Leningradi_Edasi_toimetus, lk 97
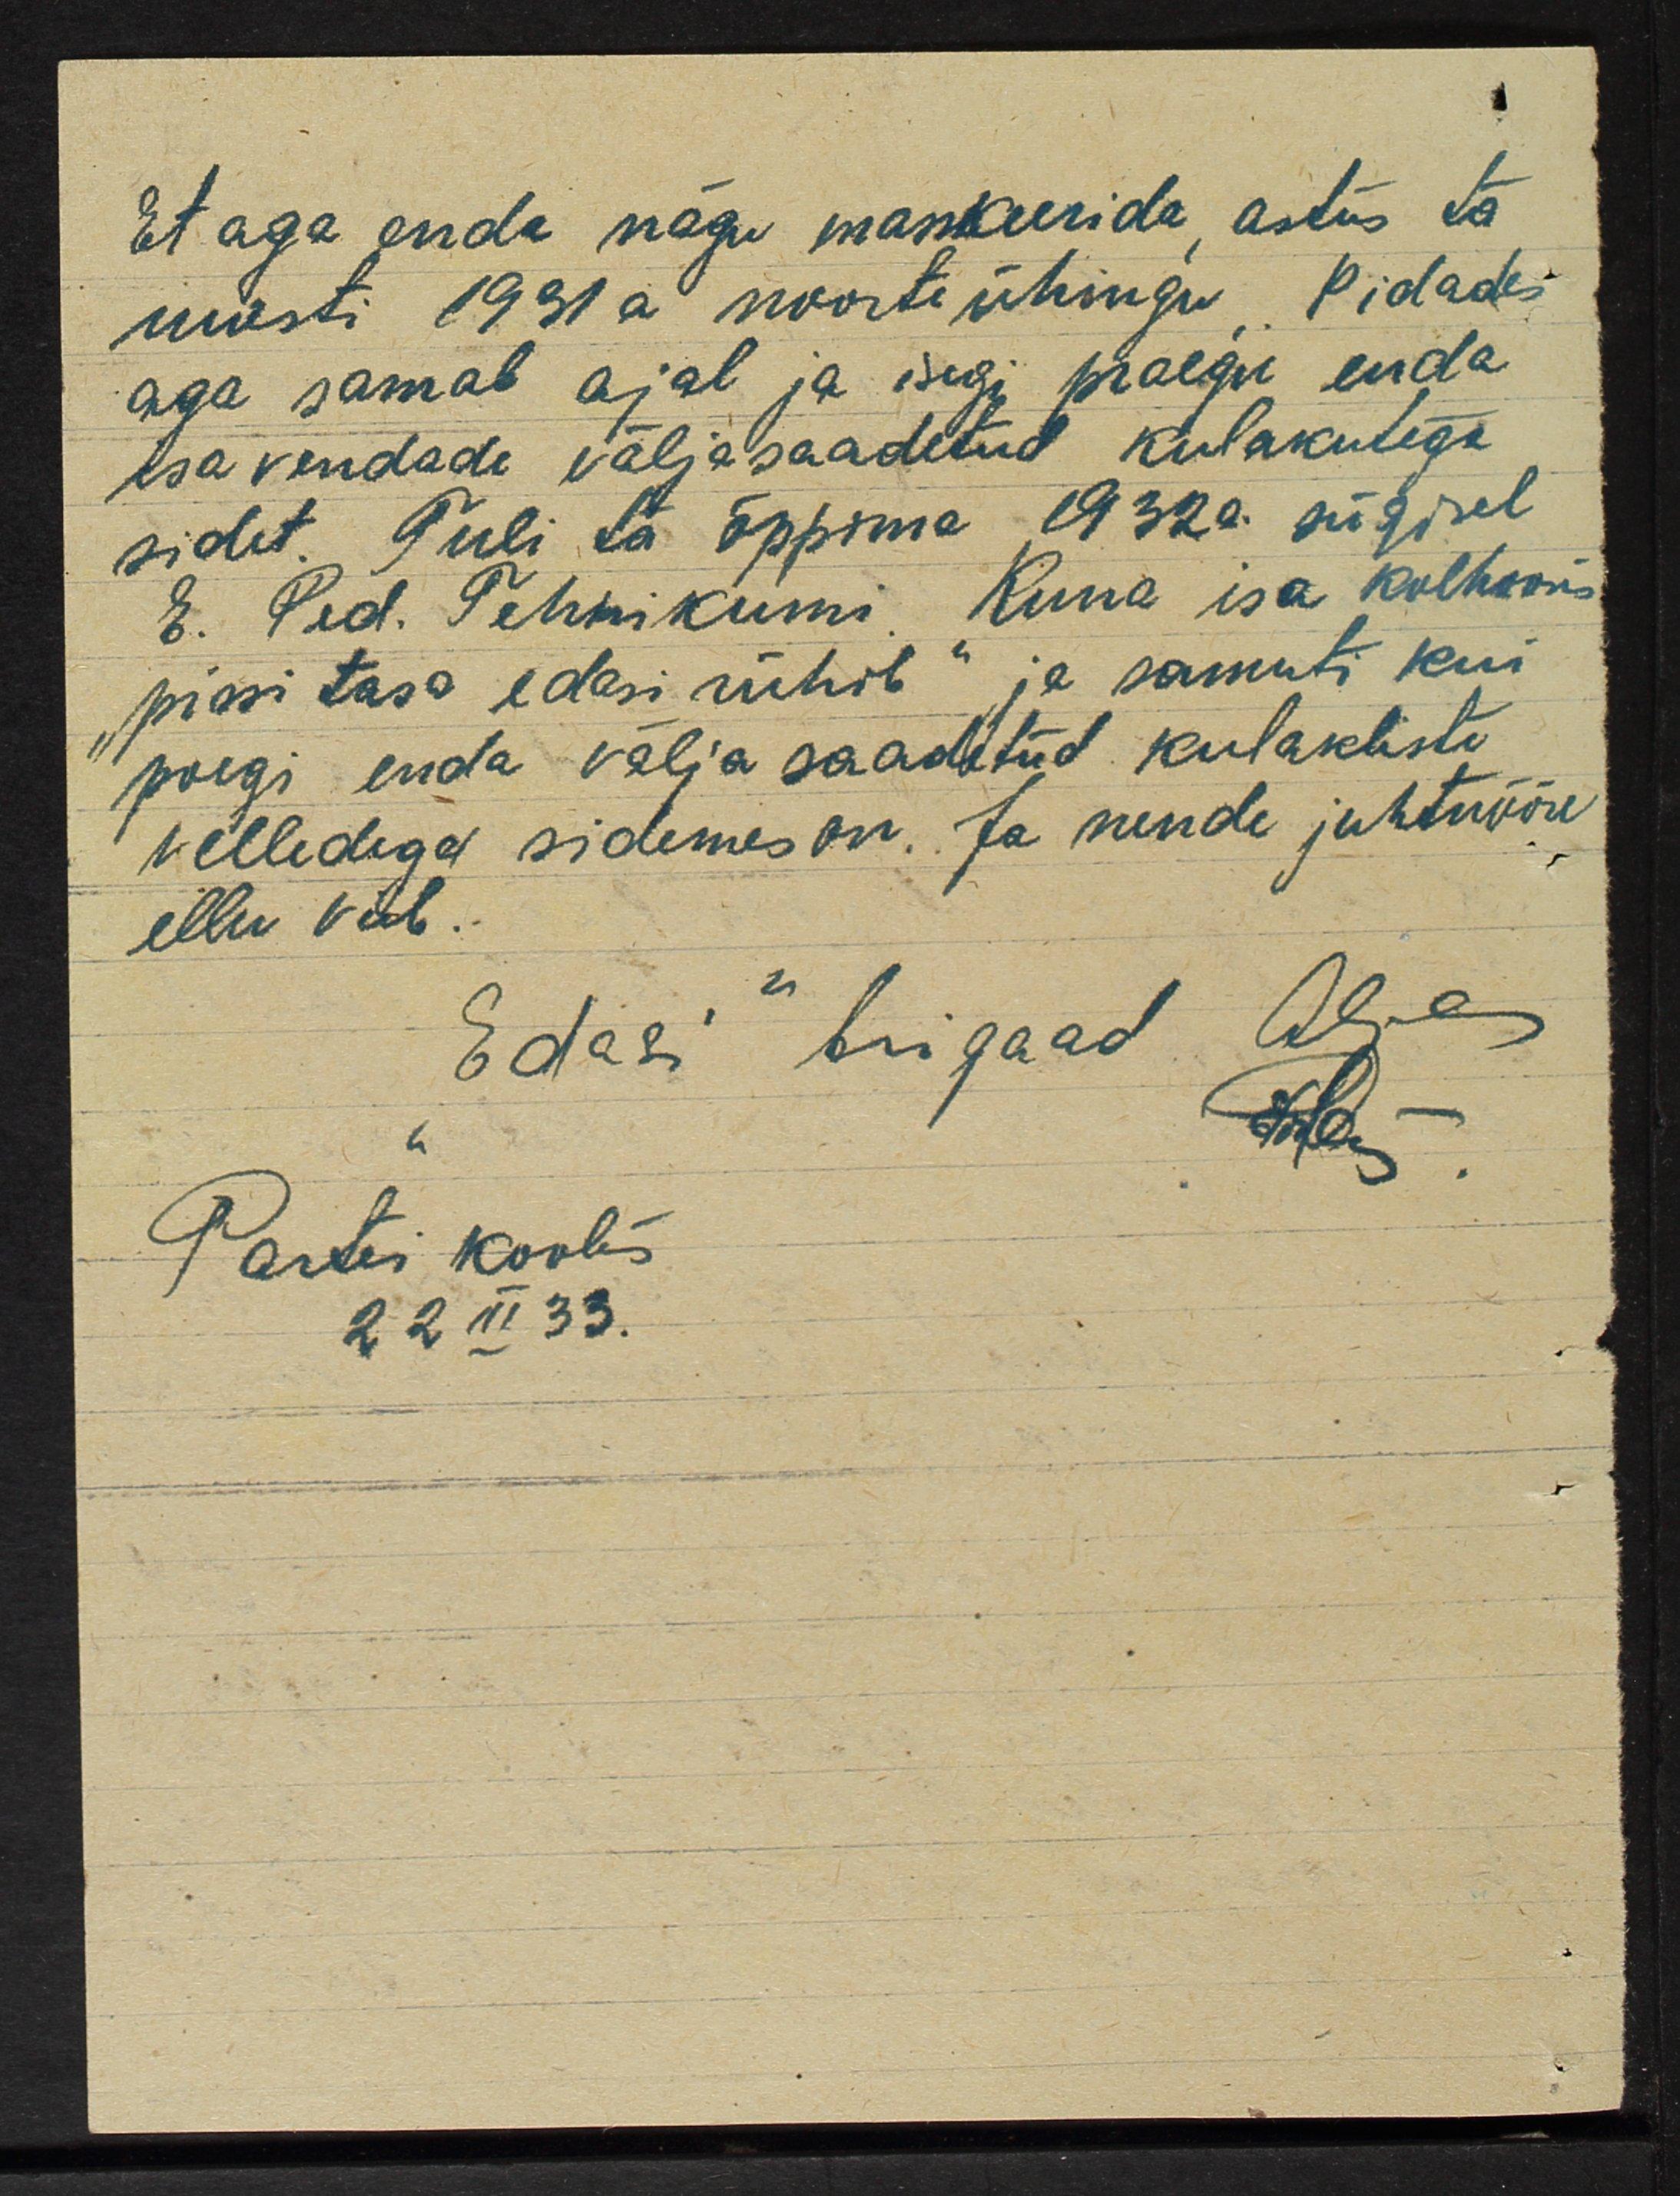
Et aga enda nägu maskeerida, astus ta
uuesti 1931 a noorteühingu. Pidades
aga samal ajal ja isegi praegu enda
isavendade välja saadetud kulakutega
sidet. Tuli ta õppima 1932 a. sügisel
E. Ped. Tehnikumi. Kuna isa kolhoosis
"pissi tasa edasi rühib" ja samuti kui
poegi enda välja saadetud kulakliste
velledega sidemes on. Ja nende juhtnööre
ellu viib.
Edasi" brigaad Ale
Ado
Partei koolis
22 III 33.